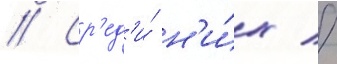
// Ср'ед'и́ н'и́х //